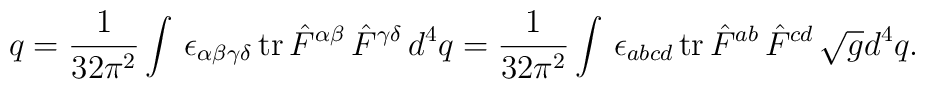
q=\frac 1{32\pi ^2}\int \,\epsilon _{\alpha \beta \gamma \delta }\,{\rm tr\,}\hat{F}^{\alpha \beta }\,\hat{F}^{\gamma \delta }\,d^4q=\frac 1{32\pi^2}\int \,\epsilon _{abcd}\,{\rm tr\,}\hat{F}^{ab}\,\hat{F}^{cd}\,\sqrt{g}d^4q.